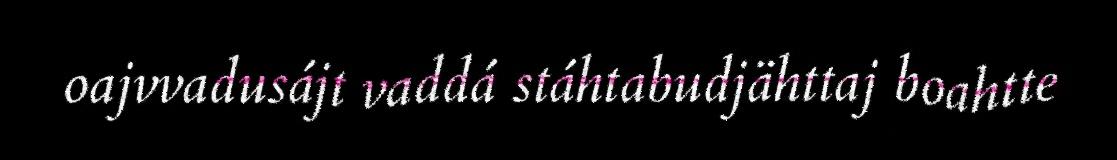
oajvvadusájt vaddá stáhtabudjähttaj boahtte